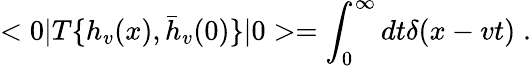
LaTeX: <0|T\{ h_{v}(x),{\bar{h}}_{v}(0)\} |0>=\int_{0}^{\infty}dt\delta(x-vt)\; .